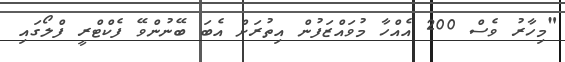
"މިހާރު ވެސް 200 އެއްހާ މުވައްޒަފުން އިތުރަށް އެބަ ބޭނުންވޭ ފެކްޓްރީ ފްލޯގައި